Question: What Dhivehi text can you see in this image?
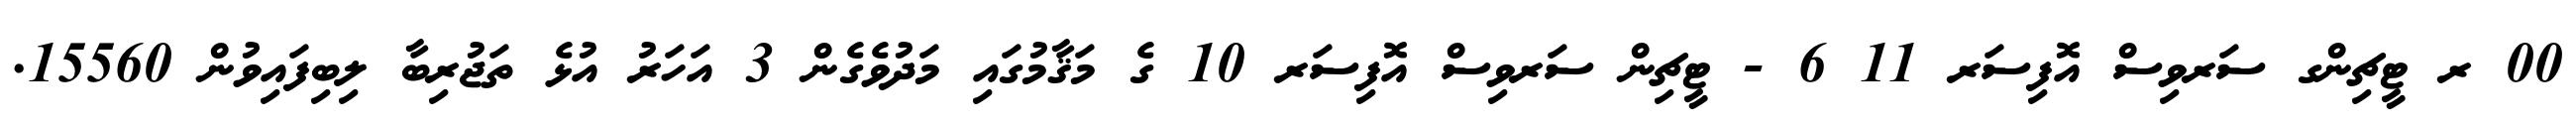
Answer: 00 ރ ޓީޗިންގ ސަރވިސް އޮފިސަރ 11 6 - ޓީޗިން ސަރވިސް އޮފިސަރ 10 ގެ މަޤާމުގައި މަދުވެގެން 3 އަހަރު އުޅެ ތަޖުރިބާ ލިބިފައިވުން 15560.